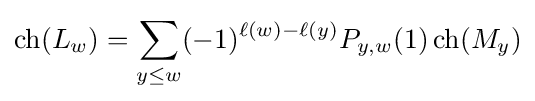
\operatorname {ch} (L_{w})=\sum _{y\leq w}(-1)^{\ell (w)-\ell (y)}P_{y,w}(1)\operatorname {ch} (M_{y})